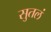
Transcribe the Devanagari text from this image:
सुतलं